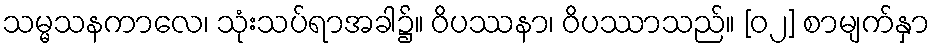
သမ္မသနကာလေ၊ သုံးသပ်ရာအခါ၌။ ဝိပဿနာ၊ ဝိပဿာသည်။ [၀၂] စာမျက်နှာ